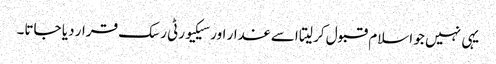
یہی نہیں جو اسلام قبول کر لیتا اسے غدار اور سیکیورٹی رسک قرار دیا جاتا۔